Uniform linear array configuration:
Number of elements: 48
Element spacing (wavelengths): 0.75
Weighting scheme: hamming
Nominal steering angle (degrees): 60
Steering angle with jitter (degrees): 61.163
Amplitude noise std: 0.05
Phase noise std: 0.05

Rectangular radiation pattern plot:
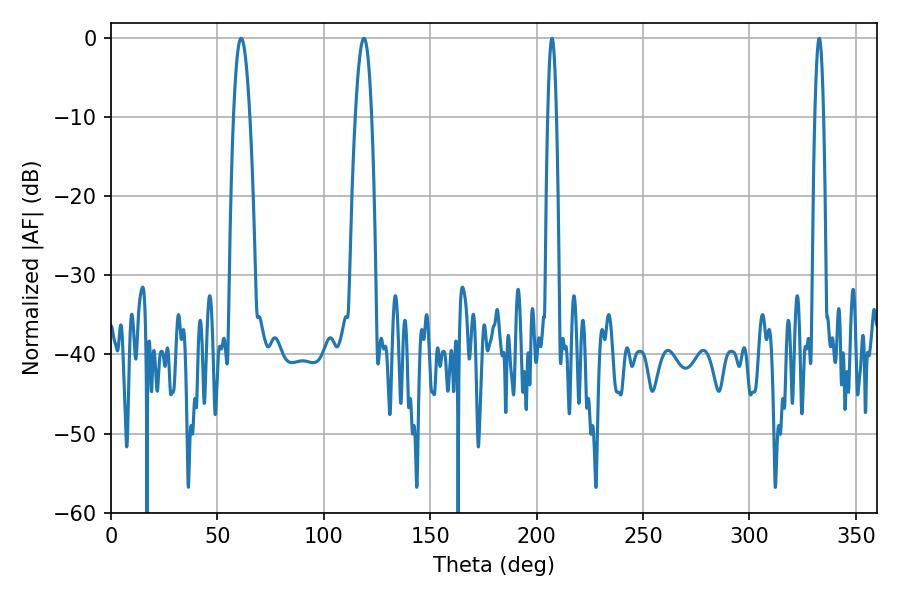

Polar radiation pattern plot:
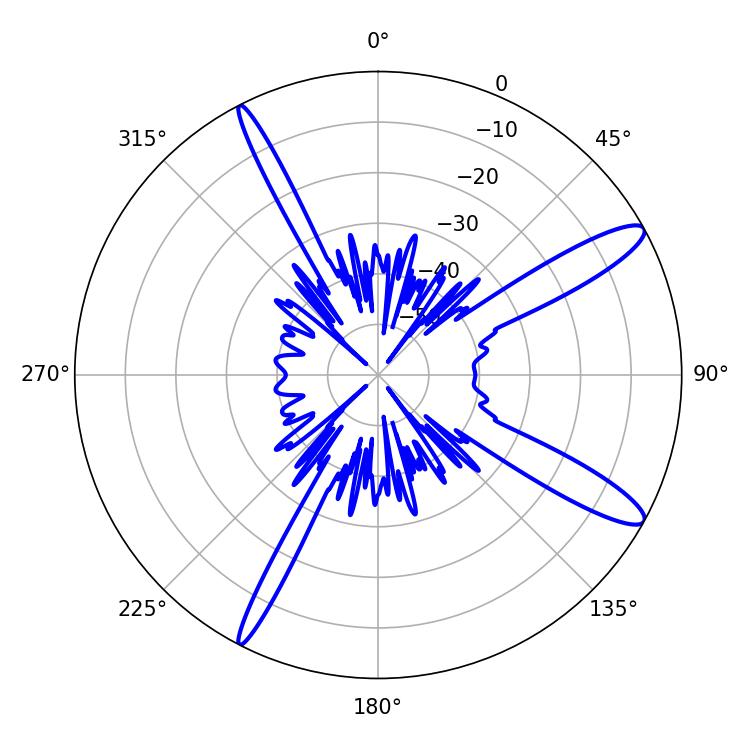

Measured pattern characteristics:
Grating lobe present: TRUE
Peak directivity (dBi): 12.976
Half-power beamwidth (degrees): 4.14
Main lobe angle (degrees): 61.2